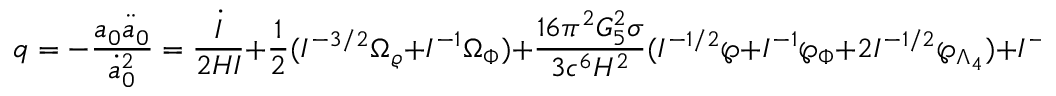
q = - { \frac { a _ { 0 } \ddot { a } _ { 0 } } { \dot { a } _ { 0 } ^ { 2 } } } = { \frac { \dot { I } } { 2 H I } } + { \frac { 1 } { 2 } } ( I ^ { - 3 / 2 } \Omega _ { \varrho } + I ^ { - 1 } \Omega _ { \Phi } ) + { \frac { 1 6 \pi ^ { 2 } G _ { 5 } ^ { 2 } \sigma } { 3 c ^ { 6 } H ^ { 2 } } } ( I ^ { - 1 / 2 } \wp + I ^ { - 1 } \wp _ { \Phi } + 2 I ^ { - 1 / 2 } \wp _ { \Lambda _ { 4 } } ) + I ^ { - 1 } \Omega _ { \cal C } ,